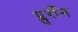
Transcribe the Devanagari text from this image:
प्लुराँन